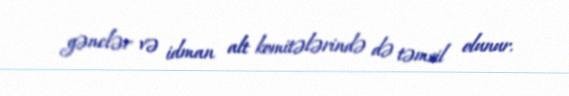
gənclər və idman alt komitələrində də təmsil olunur.